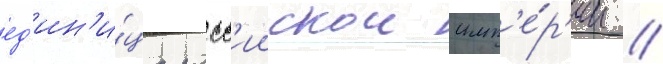
ед'ин'и́ца росс'иискои имп'е́р'ии //